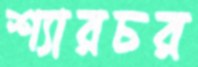
শ্যারচর